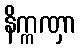
နိက္ကဏှာ